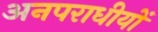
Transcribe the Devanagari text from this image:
अनपराधीयों